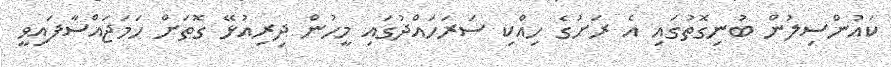
ކައުންސިލުން ބުނިގޮތުގައި އެ ރަށުގެ ހިއްކި ސަރަހައްދުގައި މީހުން ދިރިއުޅޭ ގޮތަށް ހަމަޖައްސާފައިވީ